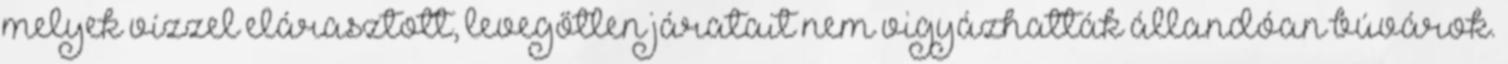
melyek vízzel elárasztott, levegőtlen járatait nem vigyázhatták állandóan búvárok.